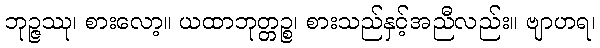
ဘုဉ္ဇဿု၊ စားလော့။ ယထာဘုတ္တဉ္စ၊ စားသည်နှင့်အညီလည်း။ ဗျာဟရ၊